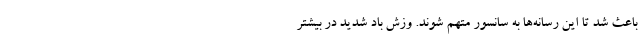
باعث شد تا این رسانه‌ها به سانسور متهم شوند. وزش باد شدید در بیشتر